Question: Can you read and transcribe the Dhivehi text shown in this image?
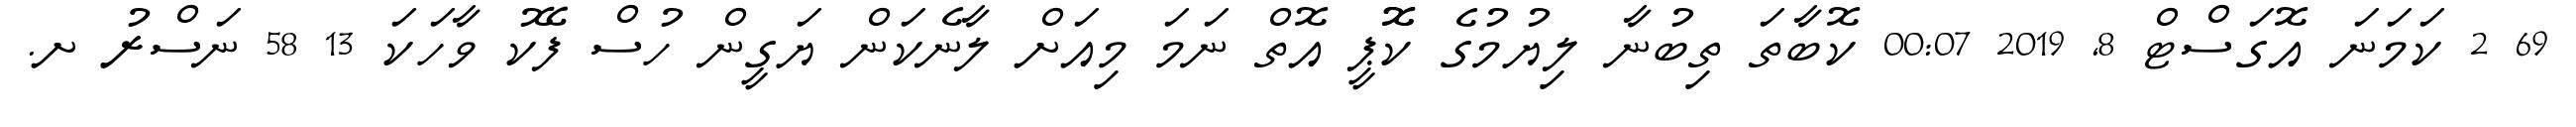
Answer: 69 2 ކަމަނަ އޮގަސްޓް 8, 2019 00:07 ކޮބާތަ ތިބުނާ ލިޔުމުގެ ކޮޮޕީ އޮތް ނަމަ މިއަށް ލާނެކަން ޔަގީން ހުސް ފޭކު ވާހަކަ 13 58 ނަސްރު ށ.